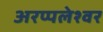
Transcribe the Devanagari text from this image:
अरप्पलेश्वर